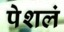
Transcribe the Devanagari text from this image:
पेशलं